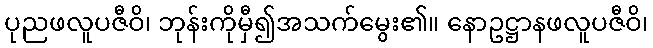
ပုညဖလူပဇီဝိ၊ ဘုန်းကိုမှီ၍အသက်မွေး၏။ နောဥဋ္ဌာနဖလူပဇီဝိ၊